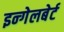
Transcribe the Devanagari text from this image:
इन्गेलबेर्ट